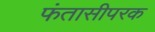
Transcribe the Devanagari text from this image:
फंतासीपरक